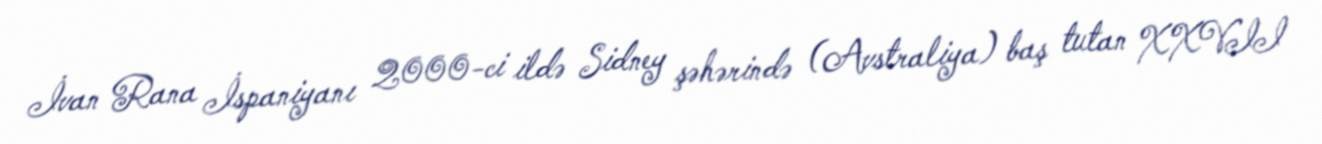
İvan Rana İspaniyanı 2000-ci ildə Sidney şəhərində (Avstraliya) baş tutan XXVII